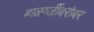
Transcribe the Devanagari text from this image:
बाळाजींबरोबर